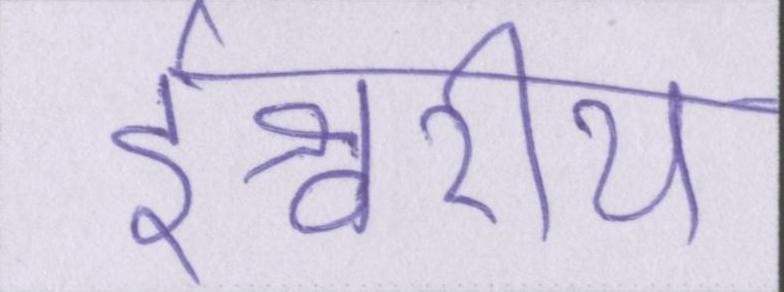
ईश्वरीय